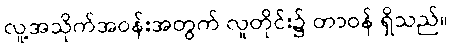
လူ့အသိုက်အဝန်းအတွက် လူတိုင်း၌ တာဝန် ရှိသည်။